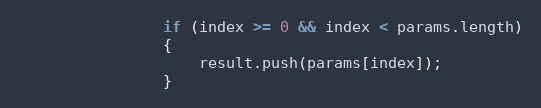
Language: JavaScript
				if (index >= 0 && index < params.length)
				{
					result.push(params[index]);
				}